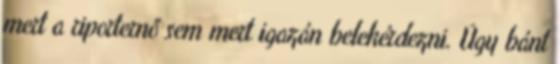
mert a riporternő sem mert igazán belekérdezni. Úgy bánt